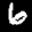
Label: 6